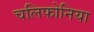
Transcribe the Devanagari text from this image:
चलिफोनिया